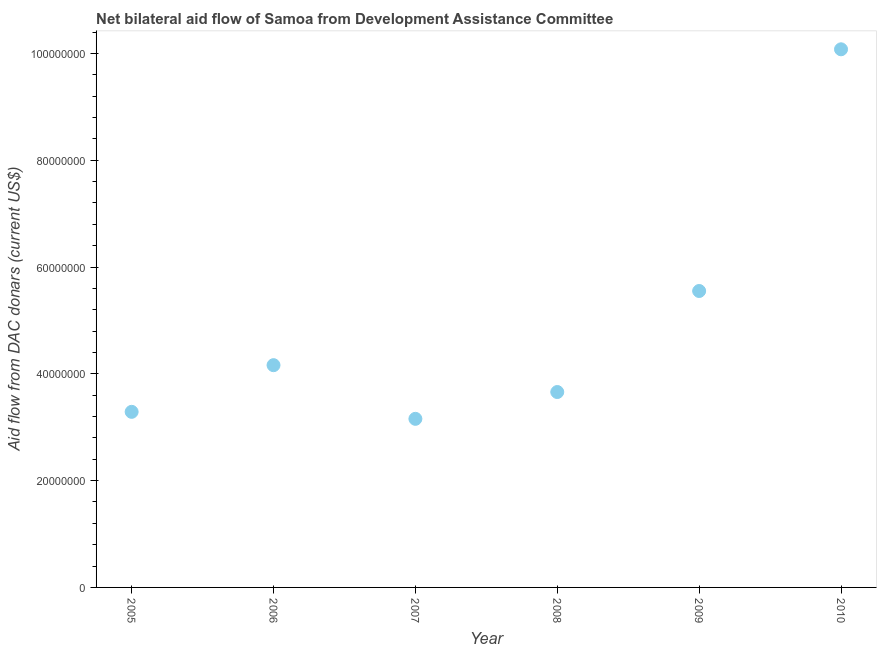
| Year | Net bilateral aid flows from DAC donors |
 | --- | --- |
 | 2005 | 3.29e+07 |
 | 2006 | 4.16e+07 |
 | 2007 | 3.16e+07 |
 | 2008 | 3.66e+07 |
 | 2009 | 5.55e+07 |
 | 2010 | 1.01e+08 |